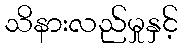
သိနားလည်မှုနှင့်